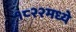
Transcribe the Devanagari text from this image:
१८२२मध्ये